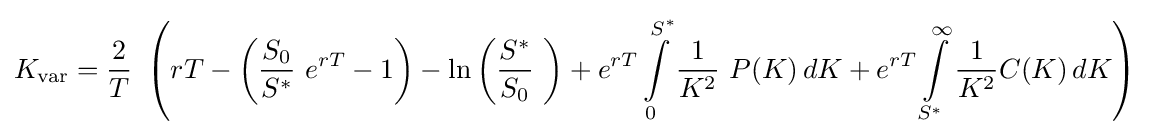
K_{\text{var}}={\frac {2}{T}}\ \left(rT-\left({\frac {S_{0}}{S^{*}}}\ e^{rT}-1\right)-\ln \left({\frac {S^{*}}{S_{0}}}\ \right)+e^{rT}\int \limits _{0}^{S^{*}}{\frac {1}{K^{2}}}\ P(K)\,dK+e^{rT}\int \limits _{S^{*}}^{\infty }{\frac {1}{K^{2}}}C(K)\,dK\right)